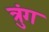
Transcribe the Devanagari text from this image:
त्रुंग